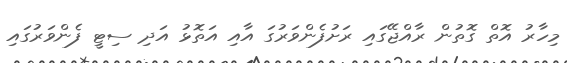
މިހާރު އޮތް ގޮތުން ރާއްޖޭގައި ރަށުފެންވަރުގަ އާއި އަތޮޅު އަދި ސިޓީ ފެންވަރުގައި